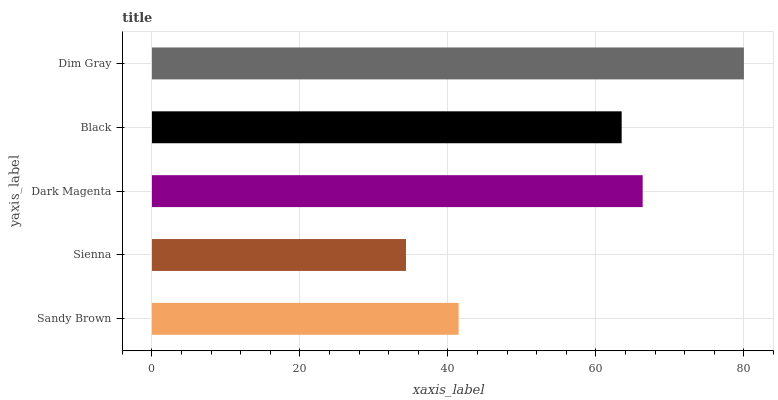
| yaxis_label | bars |
 | --- | --- |
 | Sandy Brown | 41.5 |
 | Sienna | 34.3 |
 | Dark Magenta | 66.3 |
 | Black | 63.5 |
 | Dim Gray | 80 |